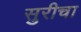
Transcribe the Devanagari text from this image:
सुरीचा